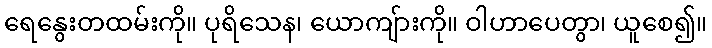
ရေနွေးတထမ်းကို။ ပုရိသေန၊ ယောကျ်ားကို။ ဝါဟာပေတွာ၊ ယူစေ၍။